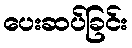
ပေးဆပ်ခြင်း